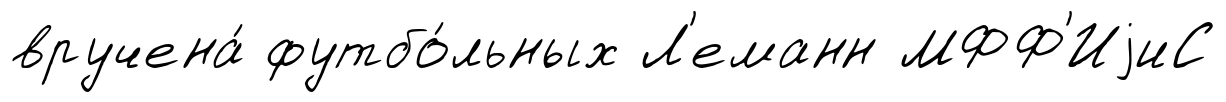
вручена́ футбо́льных Л'еманн МФФ'ИjиС